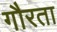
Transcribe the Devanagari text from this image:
गौरता